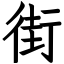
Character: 街